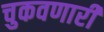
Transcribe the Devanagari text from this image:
चुकवणारी